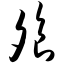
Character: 飧